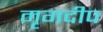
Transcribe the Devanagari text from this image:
मृगदीप